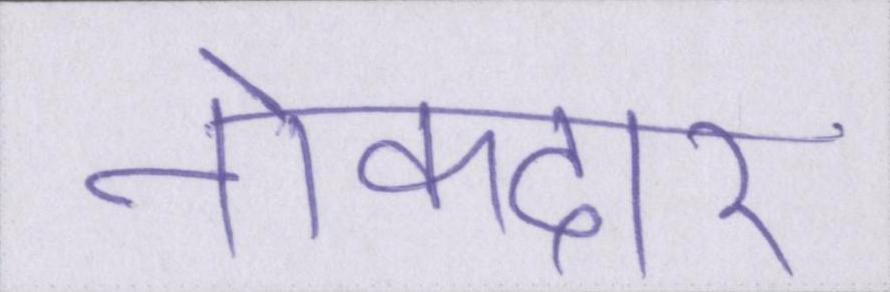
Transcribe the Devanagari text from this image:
नोकदार